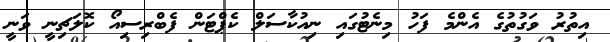
އިތުރު ވަގުތުގެ އެންމެ ފަހު މިނެޓުގައި ނިއުކާސަލް ކެޕްޓަން ފެބްރިސިއޯ ކޮލަޗިނީ ވަނީ